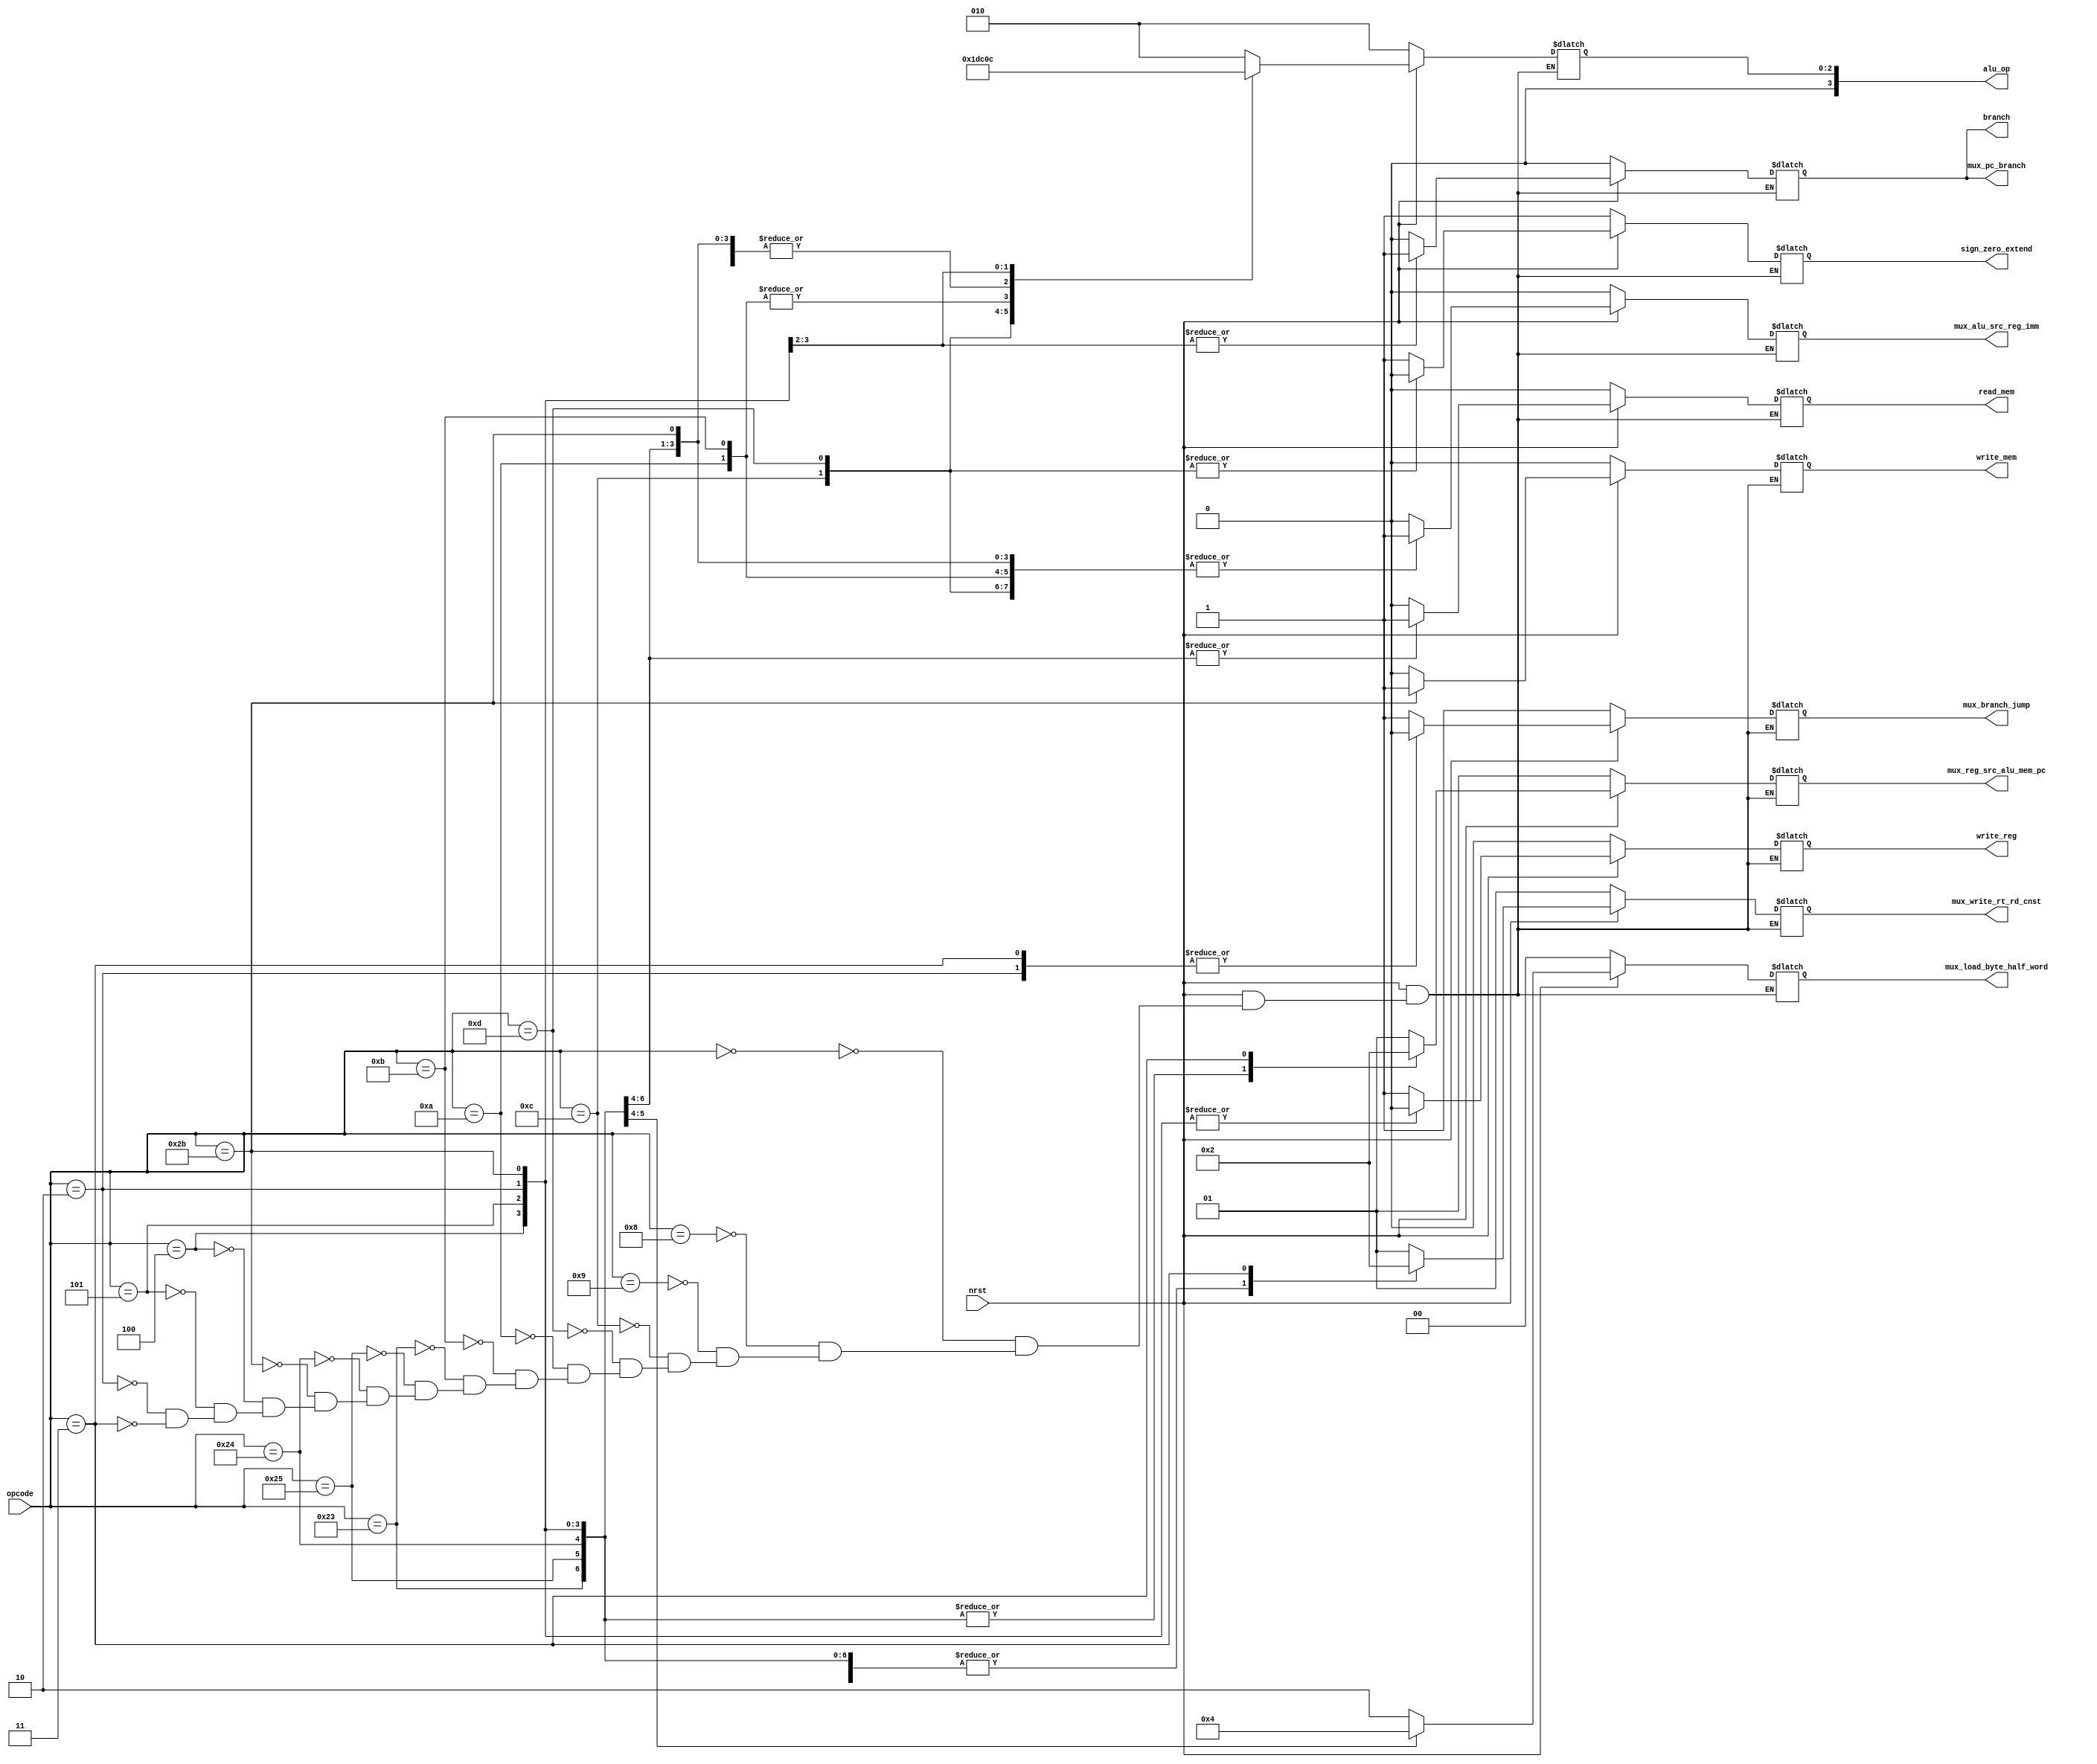
/**
 * Universidade Federal Rural de Pernambuco
 * Departamento de Estatstica e Informtica
 * Disciplina: Arquitetura e Organizao de Computadores
 * 
 * Controle
 *
 * @author Andr Aziz (andre.caraujo@ufrpe.br)
 */

`define OPCODE_TIPO_R 6'b000000
`define OPCODE_ADDI   6'b001000
`define OPCODE_ADDIU  6'b001001
`define OPCODE_ANDI   6'b001100
`define OPCODE_ORI    6'b001101
`define OPCODE_SLTI   6'b001010
`define OPCODE_SLTIU  6'b001011
`define OPCODE_LW     6'b100011
`define OPCODE_LHU    6'b100101
`define OPCODE_LBU    6'b100100
`define OPCODE_SW     6'b101011
`define OPCODE_SH     6'b101001
`define OPCODE_SB     6'b101000
`define OPCODE_BEQ    6'b000100
`define OPCODE_BNE    6'b000101
`define OPCODE_J      6'b000010
`define OPCODE_JAL    6'b000011

/*
Vou (Jonas) alterar o tamanho deste barramento para 4 bits
`define ALUOP_ADDI   2'b00
`define ALUOP_ADDIU  2'b00
`define ALUOP_LW     2'b00
`define ALUOP_SW     2'b00
`define ALUOP_BEQ    2'b01
`define ALUOP_TIPO_R 2'b10
*/

/* Barramento de 4 bits, alterado */
`define ALUOP_ADDI   4'b0000
`define ALUOP_ADDIU  4'b0000
`define ALUOP_ANDI   4'b0011
`define ALUOP_ORI    4'b0101
`define ALUOP_SLTI   4'b0110
`define ALUOP_LW     4'b0000
`define ALUOP_SW     4'b0000
`define ALUOP_BEQ    4'b0001
`define ALUOP_BNE    4'b0100
`define ALUOP_TIPO_R 4'b0010

module CONTROL(
  nrst,
  opcode,
  branch,
  read_mem,
  write_mem,
  write_reg,
  sign_zero_extend,
  mux_write_rt_rd_cnst,
  mux_alu_src_reg_imm,
  alu_op,
  mux_branch_jump,
  mux_pc_branch,
  mux_load_byte_half_word,
  mux_reg_src_alu_mem_pc
);

input nrst;
input [5:0] opcode;
output branch;
output read_mem;
output write_mem;
output write_reg;
output sign_zero_extend;
output [1:0] mux_write_rt_rd_cnst;
output mux_alu_src_reg_imm;
output [3:0] alu_op;
output mux_branch_jump;
output mux_pc_branch;
output [1:0] mux_load_byte_half_word;
output [1:0] mux_reg_src_alu_mem_pc;

wire nrst;
wire [5:0] opcode;
reg branch;
reg read_mem;
reg write_mem;
reg write_reg;
reg sign_zero_extend;
reg [1:0] mux_write_rt_rd_cnst;
reg mux_alu_src_reg_imm;
//reg [1:0] alu_op;         // alteracao de barramento, antigo
reg [3:0] alu_op;           // alteracao de barramento, novo
reg mux_branch_jump;
reg mux_pc_branch;
reg [1:0] mux_load_byte_half_word;
reg [1:0] mux_reg_src_alu_mem_pc; // alteracao de barramento para 2 bits

initial begin
  branch 				= 0;
  read_mem 				= 0;
  write_mem 			= 0;
  write_reg 			= 0;
  sign_zero_extend 		= 1;
  alu_op 				= `ALUOP_TIPO_R;
  mux_write_rt_rd_cnst 	= 2'b01;
  mux_alu_src_reg_imm	= 0;
  mux_branch_jump 		= 1;
  mux_pc_branch			= 0;
  mux_load_byte_half_word	= 2'b00;
  mux_reg_src_alu_mem_pc	= 2'b01;
end

always @(nrst, opcode) begin : decode_thread

  if (nrst == 0) begin
    branch	    		= 0;
    read_mem			= 0;
    write_mem			= 0;
    write_reg			= 0;
    sign_zero_extend	= 1;
    alu_op				= `ALUOP_TIPO_R;
    mux_write_rt_rd_cnst	= 2'b01;
    mux_alu_src_reg_imm 	= 0;
    mux_branch_jump			= 1;
    mux_pc_branch			= 0;
    mux_load_byte_half_word	= 2'b00;
    mux_reg_src_alu_mem_pc	= 2'b01;  
  end
  else begin
    case (opcode)
 
        `OPCODE_TIPO_R: begin
        branch				= 0;
        read_mem			= 0;
        write_mem			= 0;
        write_reg			= 1;
        sign_zero_extend	= 1;
        alu_op				= `ALUOP_TIPO_R;
        mux_write_rt_rd_cnst	= 2'b01;
        mux_alu_src_reg_imm 	= 0;
        mux_branch_jump	 		= 1;
        mux_pc_branch			= 0;
        mux_load_byte_half_word	= 2'b10;
        mux_reg_src_alu_mem_pc	= 2'b01;  
        end
    
        `OPCODE_ADDI: begin
        branch				= 0;
        read_mem			= 0;
        write_mem			= 0;
        write_reg			= 1;
        sign_zero_extend	= 1;
        alu_op				= `ALUOP_ADDI;
        mux_write_rt_rd_cnst	= 2'b00;
        mux_alu_src_reg_imm 	= 1;
        mux_branch_jump			= 1;
        mux_pc_branch			= 0;
        mux_load_byte_half_word	= 2'b10;
        mux_reg_src_alu_mem_pc	= 2'b01;  
        end
        
        /* TODO falta testar */
        `OPCODE_ADDIU: begin
        branch				= 0;
        read_mem			= 0;
        write_mem			= 0;
        write_reg			= 1;
        sign_zero_extend 	= 1;
        alu_op				= `ALUOP_ADDIU;
        mux_write_rt_rd_cnst	= 2'b00;
        mux_alu_src_reg_imm 	= 1;
        mux_branch_jump			= 1;
        mux_pc_branch			= 0;
        mux_load_byte_half_word	= 2'b10;
        mux_reg_src_alu_mem_pc	= 2'b01;
        end
        
        /* TODO falta testar */
        `OPCODE_ANDI: begin
        branch				= 0;
        read_mem			= 0;
        write_mem			= 0;
        write_reg			= 1;
        sign_zero_extend 	= 0;
        alu_op				= `ALUOP_ANDI;
        mux_write_rt_rd_cnst	= 2'b00;
        mux_alu_src_reg_imm 	= 1;
        mux_branch_jump			= 1;
        mux_pc_branch			= 0;
        mux_load_byte_half_word	= 2'b10;
        mux_reg_src_alu_mem_pc	= 2'b01;
        end
        
        /* TODO falta testar */
        `OPCODE_ORI: begin
        branch				= 0;
        read_mem			= 0;
        write_mem			= 0;
        write_reg			= 1;
        sign_zero_extend 	= 0;
        alu_op				= `ALUOP_ORI;
        mux_write_rt_rd_cnst	= 2'b00;
        mux_alu_src_reg_imm 	= 1;
        mux_branch_jump			= 1;
        mux_pc_branch			= 0;
        mux_load_byte_half_word	= 2'b10;
        mux_reg_src_alu_mem_pc	= 2'b01;
        end
        
        /* TODO falta testar */
        `OPCODE_SLTI: begin
        branch				= 0;
        read_mem			= 0;
        write_mem			= 0;
        write_reg			= 1;
        sign_zero_extend	= 1;
        alu_op				= `ALUOP_SLTI;
        mux_write_rt_rd_cnst	= 2'b00;
        mux_alu_src_reg_imm		= 1;
        mux_branch_jump			= 1;
        mux_pc_branch			= 0;
        mux_load_byte_half_word	= 2'b10;
        mux_reg_src_alu_mem_pc	= 2'b01;
        end
        
        /* TODO falta testar */
        `OPCODE_SLTIU: begin
        branch				= 0;
        read_mem			= 0;
        write_mem			= 0;
        write_reg			= 1;
        sign_zero_extend	= 1;
        alu_op				= `ALUOP_SLTI;
        mux_write_rt_rd_cnst	= 2'b00;
        mux_alu_src_reg_imm 	= 1;
        mux_branch_jump			= 1;
        mux_pc_branch			= 0;
        mux_load_byte_half_word	= 2'b10;
        mux_reg_src_alu_mem_pc	= 2'b01;
        end
        
        `OPCODE_LW: begin
        branch 				= 0;
        read_mem 			= 1;
        write_mem	 		= 0;
        write_reg 			= 1;
        sign_zero_extend 	= 1;
        alu_op 				= `ALUOP_LW;
        mux_write_rt_rd_cnst	= 2'b00;
        mux_alu_src_reg_imm 	= 1;
        mux_branch_jump 		= 1;
        mux_pc_branch 			= 0;
        mux_load_byte_half_word	= 2'b10;
        mux_reg_src_alu_mem_pc	= 2'b00;  
        end
        
        /* TODO falta testar */
        `OPCODE_LHU: begin
        branch				= 0;
        read_mem			= 1;
        write_mem			= 0;
        write_reg			= 1;
        sign_zero_extend	= 1;
        alu_op				= `ALUOP_LW;
        mux_write_rt_rd_cnst	= 2'b00;
        mux_alu_src_reg_imm 	= 1;
        mux_branch_jump			= 1;
        mux_pc_branch			= 0;
        mux_load_byte_half_word	= 2'b01;
        mux_reg_src_alu_mem_pc	= 2'b00;
        end
        
        /* TODO falta testar */
        `OPCODE_LBU: begin
        branch				= 0;
        read_mem			= 1;
        write_mem			= 0;
        write_reg			= 1;
        sign_zero_extend	= 1;
        alu_op				= `ALUOP_LW;
        mux_write_rt_rd_cnst	= 2'b00;
        mux_alu_src_reg_imm 	= 1;
        mux_branch_jump			= 1;
        mux_pc_branch			= 0;
        mux_load_byte_half_word	= 2'b00;
        mux_reg_src_alu_mem_pc	= 2'b00;
        end
        
        `OPCODE_SW: begin
        branch				= 0;
        read_mem			= 0;
        write_mem			= 1;
        write_reg 			= 0;
        sign_zero_extend	= 1;
        alu_op				= `ALUOP_SW;
        mux_write_rt_rd_cnst	= 2'b00;
        mux_alu_src_reg_imm 	= 1;
        mux_branch_jump			= 1;
        mux_pc_branch			= 0;
        mux_load_byte_half_word	= 2'b10;
        mux_reg_src_alu_mem_pc	= 2'b00;  
        end

        `OPCODE_BEQ: begin
        branch				= 1;
        read_mem			= 0;
        write_mem			= 0;
        write_reg			= 0;
        sign_zero_extend	= 1;
        alu_op				= `ALUOP_BEQ;
        mux_write_rt_rd_cnst	= 2'b00;
        mux_alu_src_reg_imm 	= 0;
        mux_branch_jump			= 1;
        mux_pc_branch			= 1;
        mux_load_byte_half_word	= 2'b10;
        mux_reg_src_alu_mem_pc	= 2'b00;  
        end
        
        /* TODO falta testar */
        `OPCODE_BNE: begin
        branch				= 1;
        read_mem			= 0;
        write_mem			= 0;
        write_reg			= 0;
        sign_zero_extend	= 1;
        alu_op				= `ALUOP_BNE;
        mux_write_rt_rd_cnst	= 2'b00;
        mux_alu_src_reg_imm 	= 0;
        mux_branch_jump			= 1;
        mux_pc_branch			= 1;
        mux_load_byte_half_word	= 2'b10;
        mux_reg_src_alu_mem_pc	= 2'b00;
        end

        `OPCODE_J: begin
        branch				= 0;
        read_mem			= 0;
        write_mem			= 0;
        write_reg			= 0;
        sign_zero_extend	= 1;
        alu_op				= `ALUOP_TIPO_R;
        mux_write_rt_rd_cnst	= 2'b00;
        mux_alu_src_reg_imm 	= 0;
        mux_branch_jump			= 0;
        mux_pc_branch			= 0;
        mux_load_byte_half_word	= 2'b10;
        mux_reg_src_alu_mem_pc	= 2'b00;  
        end
        
        /* TODO falta testar */
        `OPCODE_JAL: begin
        branch				= 0;
        read_mem			= 0;
        write_mem			= 0;
        write_reg			= 1;
        sign_zero_extend	= 1;
        alu_op				= `ALUOP_TIPO_R;
        mux_write_rt_rd_cnst	= 2'b10;
        mux_alu_src_reg_imm 	= 0;
        mux_branch_jump			= 0;
        mux_pc_branch			= 0;
        mux_load_byte_half_word	= 2'b10;
        mux_reg_src_alu_mem_pc	= 2'b10;
        end
        
        
    endcase
  end
end

endmodule